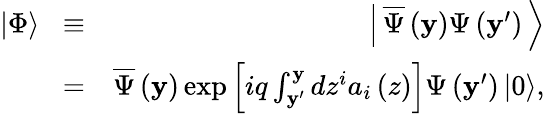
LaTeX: \begin{array}{rlr}{\left|\Phi\right\rangle\! }&{\equiv}&{\! \left|\, {\overline{{\Psi}}\left({\mathbf y}\right)\Psi\left({{{\mathbf y}^{\prime}}}\right)}\, \right\rangle}\\ &{=}&{\overline{{\Psi}}\left({\mathbf y}\right)\exp\left[{iq\int_{{{\mathbf y}^{\prime}}}^{\mathbf y}{d{z^{i}}{a_{i}}\left(z\right)}}\right]\Psi\left({{{\mathbf y}^{\prime}}}\right)\left|0\right\rangle,}\end{array}